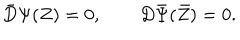
LaTeX: \bar { D } \Psi ( Z ) = 0 , \qquad D \bar { \Psi } ( \bar { Z } ) = 0 .